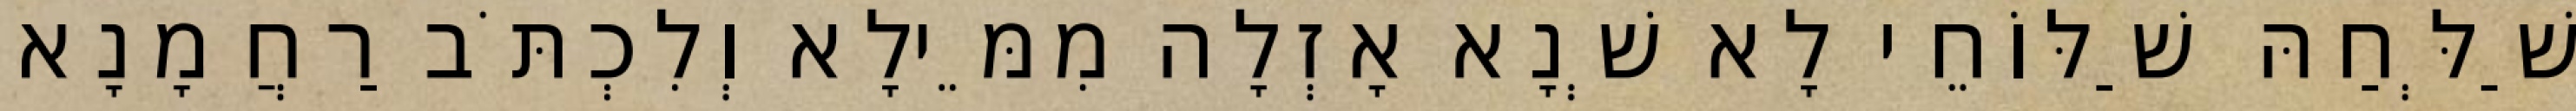
שַׁלְּחַהּ שַׁלּוֹחֵי לָא שְׁנָא אָזְלָה מִמֵּילָא וְלִכְתֹּב רַחֲמָנָא